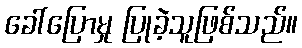
ခေါ်ပြောမှု ပြုခဲ့သူဖြစ်သည်။